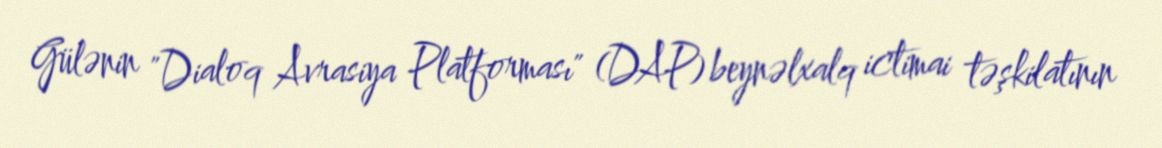
Gülənin "Dialoq Avrasiya Platforması" (DAP) beynəlxalq ictimai təşkilatının